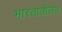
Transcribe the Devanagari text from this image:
भारतातीलत